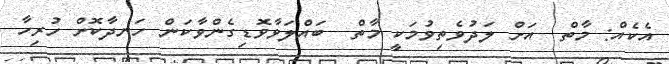
އެކެއް: މާތް  އަށް ލަދުވެތިވުމަކީ މާތް  ބައްލަވާވޮޑިގެންވާކަން ހަނދާކޮށް ހުރިހާ